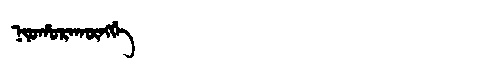
Manchu: ᠨᡳᠣᡥᠣᡵᠠᡴᡡᠩᡤᡝ
Romanization: NIOHORAKŪNGGE